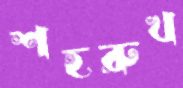
শহরুখ